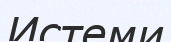
Истеми